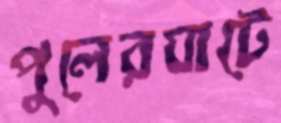
পুলেরঘাটে